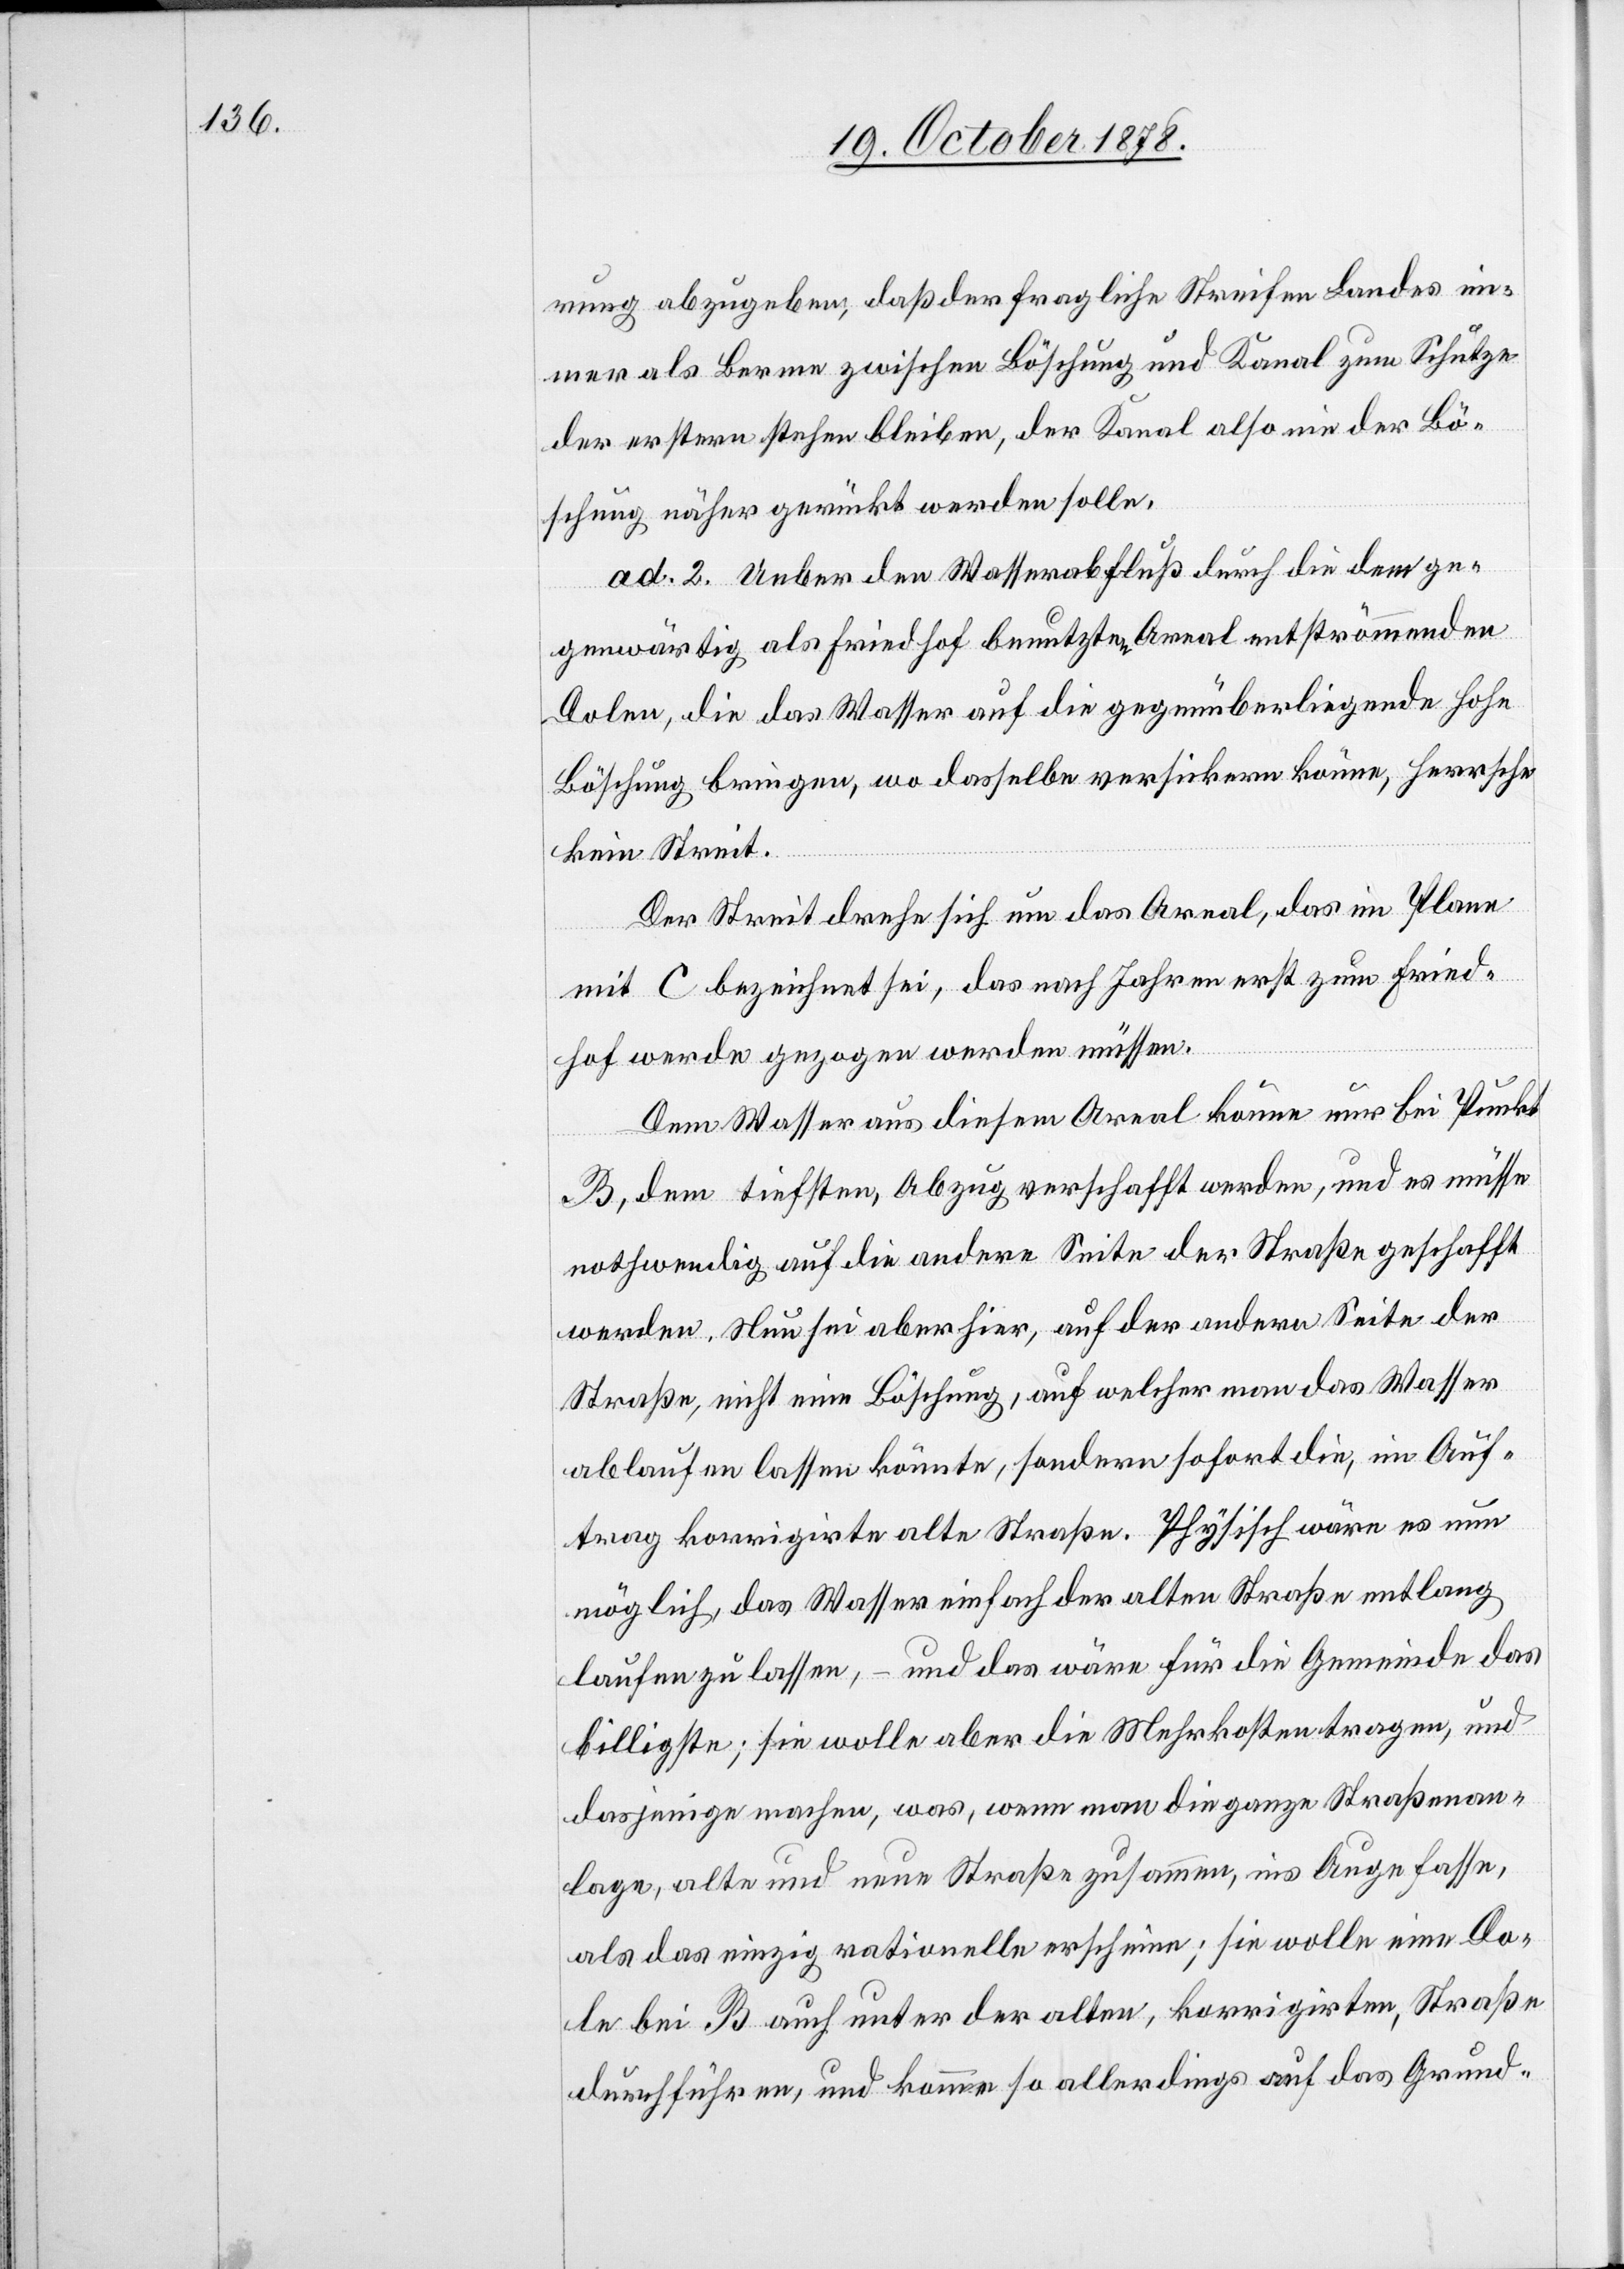
rung abzugeben, daß der fragliche Streifen Landes im¬
mer als Berme zwischen Böschung und Kanal zum Schutze
der erstern stehen bleiben, der Kanal also nie der Bö¬
schung näher gerückt werden solle.
ad. 2. Ueber den Wasserabfluß durch die dem ge¬
genwärtig als Friedhof benutzten Areal entströmenden
Dolen, die das Wasser auf die gegenüberliegende hohe
Böschung bringen, wo dasselbe versickern könne, herrsche
kein Streit.
Der Streit drehe sich um das Areal, das im Plane
mit C bezeichnet sei, das nach Jahren erst zum Fried¬
hof werde gezogen werden müssen.
Dem Wasser aus diesem Areal könne nur bei Punkt
B, dem tiefsten, Abzug verschafft werden, und es müsse
nothwendig auf die andere Seite der Straße geschafft
werden. Nun sei aber hier, auf der andern Seite der
Straße, nicht eine Böschung, auf welcher man das Wasser
ablaufen lassen könnte, sondern sofort die, im Auf¬
trag korrigirte alte Straße. Physisch wäre es nun
möglich, das Wasser einfach der alten Straße entlang
laufen zu lassen, – und das wäre für die Gemeinde das
billigste; sie wolle aber die Mehrkosten tragen, und
dasjenige machen, was, wenn man die ganze Straßenan¬
lage, alte und neue Straße zusammen, ins Auge fasse,
als das einzig rationelle erscheine; sie wolle eine Do¬
le bei B auch unter der alten, korrigirten, Straße
durchführen, und komme so allerdings auf das Grund-